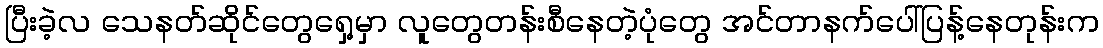
ပြီးခဲ့လ သေနတ်ဆိုင်တွေရှေ့မှာ လူတွေတန်းစီနေတဲ့ပုံတွေ အင်တာနက်ပေါ်ပြန့်နေတုန်းက